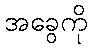
အခွေကို